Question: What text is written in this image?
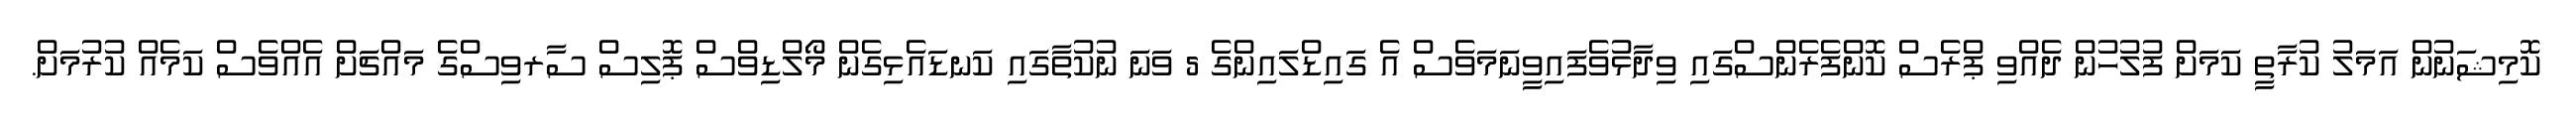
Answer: ކޮމިޝަނުން އަމަލު ކުރާތީ ކަމަށް ފުލުހުން ދެއްވި ޕްރެސް ކޮންފެރެންސްގައި ވިދާޅުވެފައިވީނަމަވެސް އެ ގައިޑްލައިންގެ 5 ވަނަ ނުކުތާގައި ކަނޑައެޅިގެން މޯލްޑިވްސް ޕޮލިސް ސާރވިސްގެ މައްޗަށް އެއްވެސް ކަމެއް ކުރުމަށް.